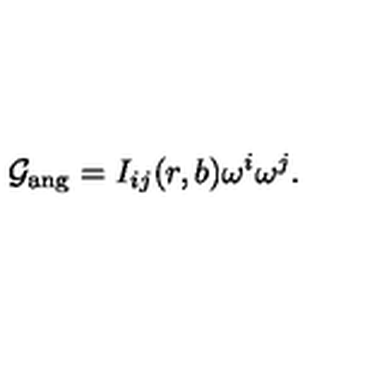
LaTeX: { \cal G } _ { \mathrm { a n g } } = I _ { i j } ( r , b ) \omega ^ { i } \omega ^ { j } .